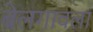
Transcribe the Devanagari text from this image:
बेलगावला